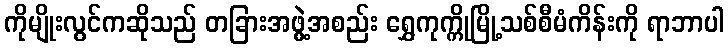
ကိုမျိုးလွင်ကဆိုသည် တခြားအဖွဲ့အစည်း ရွှေကုက္ကိုမြို့သစ်စီမံကိန်းကို ရာဘာပါ